Madras plague regulations in force outside the Presidency town - Volume 6
Disease focus: Plague
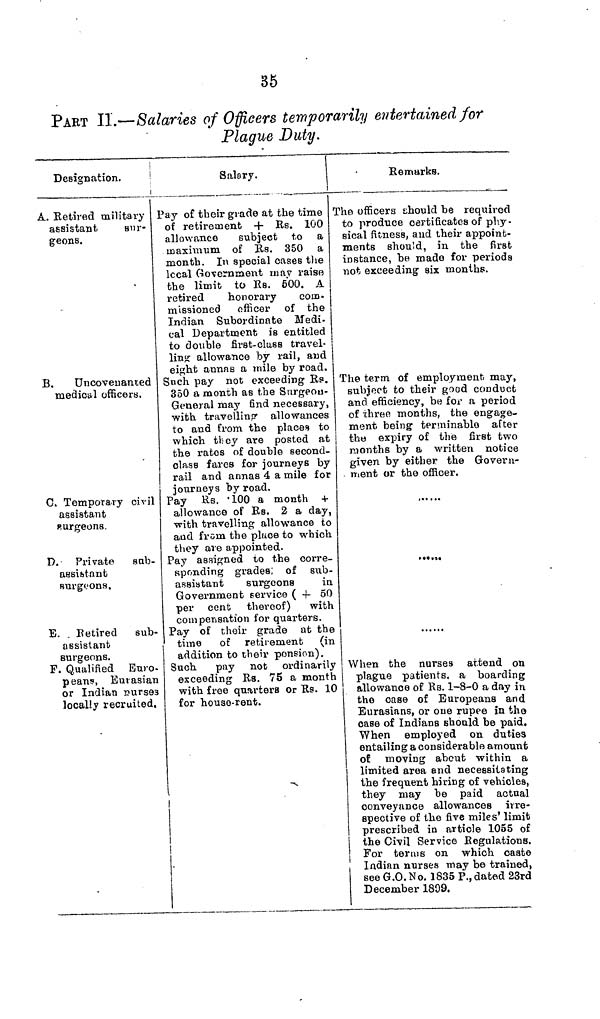
36
PART II.—Salaries of Officers temporarily entertained for
Plague Duty,
1
Designation.
!
Salary.
i
A. Retired military
assistant
sur-
geons.
B.
Uncovenanted
medical officers.
C. Temporary civil
assistant
p.urgeons.
D. - Private sub-
assistant
surgeons.
E. . Retired sub-
assistant
surgeons.
P. Qualified Euro-
peans, Euasian
or Indian nurses
locally recruited.
Pay of their grade at the time
of retirement + Rs. 100
allowance
subject to a
maximum of Us. 350 a
month. In special cases the
Iocal Government may raise
the limit to Rs. 500. A
retired
honorary
com-
missioned officer of the
Indian Subordinate Medi-
cal Department is entitled
to double first-class travel-
ling allowance by rail, aud
eight annas a mile by road.
Such pay not exceeding Rp.
350 a month as the Surgeou-
General may find necessary,
with, travelling allowances
to and from the places to
which they are posted at
the rates of double second-
class fares for journeys by
rail and annas 4 a mile for
journeys by road.
Pay Rs. '100 a month +
allowance of Rs. 2 a day,
with travelling allowance to
and from the place to which
they are appointed.
Pay assigned to the corre-
sponding grades; of sub-
assistant
surgeons
in.
Government service ( + 50
per cent thereof) with
compensation for quarters.
Pay of their grade at the
time of retirement (in
addition to their pension).
Such pay not ordinarily
exceeding Rs. 75 a month
with free quarters or Rs. 10
for house-rent.
i
j i
|
Remarks.
The officers should be required
to produce certificates of phy-
sical fitness, aud their appoint-
ments should, in the first
instance, be made for periods
not exceeding six months.
The term of employment may,
subject to their good conduct
and efficiency, be for a period
of three months, the engage-
ment being terminable after
the expiry of the first two
months by a written notice
given by either the Govern-
ment or the officer.
When the nurses attend on
plague pa,tients, a boarding
allowance of Rs. 1-8-0 a day in
the case of Europeans and
Eurasians, or one rupee in the
case of Indians should be paid.
When employed on duties
entailing a considerable amount
oí moving about within a
limited area end necessitating
the frequent hiring of vehicles,
they may be paid actual
conveyance allowances irre-
spective of the five miles' limit
prescribed in article 1055 of
the Civil Service Regulations.
For terms on which caste
Indian nurses may be trained,
see G.O. No. 1835 P., dated 23rd
December 1809.